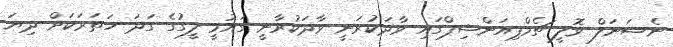
ނެޝަނަލް ވޮލީ ޗެމްޕިއަންޝިޕްގައި ވާދަކުރަނީ ވާދަކުރާނީ ގައުމީ ލީގުގެ ގަދަ ހަތަރަކަށް ދިޔަ